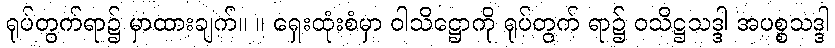
ရုပ်တွက်ရာ၌ မှာထားချက်။ ။ ရှေးထုံးစံမှာ ဝါသိဋ္ဌောကို ရုပ်တွက် ရာ၌ ဝသိဋ္ဌသဒ္ဒါ အပစ္စသဒ္ဒါ